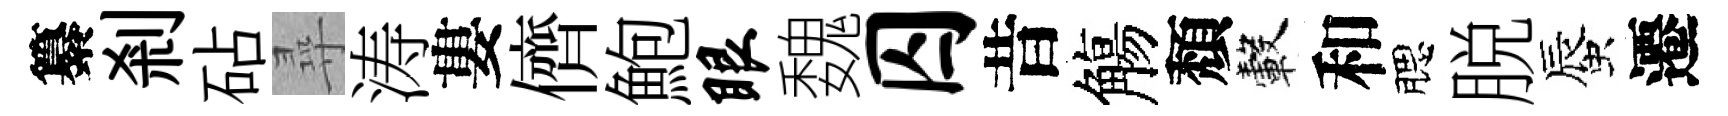
纂剎砧尋涛婁儕鮑眼魏囚昔觴頽轂和腮脱蜃遷